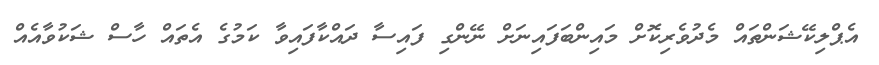
އެޕްލިކޭޝަންތައް މެދުވެރިކޮށް މައިންބަފައިނަށް ނޭންގި ފައިސާ ދައްކާފައިވާ ކަމުގެ އެތައް ހާސް ޝަކުވާއެއް